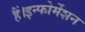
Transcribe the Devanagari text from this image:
हैं।इन्फोर्मेशन